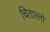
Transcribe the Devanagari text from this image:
चितारतो